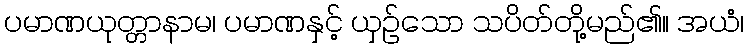
ပမာဏယုတ္တာနာမ၊ ပမာဏနှင့် ယှဉ်သော သပိတ်တို့မည်၏။ အယံ၊